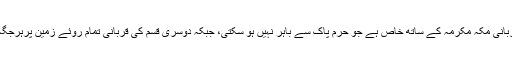
پہلی قسم کی قربانی مکہ مکرمہ کے ساتھ خاص ہے جو حرمِ پاک سے باہر نہیں ہو سکتی، جبکہ دوسری قسم کی قربانی تمام روئے زمین پرہرجگہ ہوسکتی ہے ۔